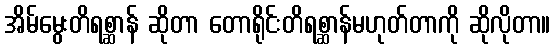
အိမ်မွေးတိရစ္ဆာန် ဆိုတာ တောရိုင်းတိရစ္ဆာန်မဟုတ်တာကို ဆိုလိုတာ။